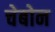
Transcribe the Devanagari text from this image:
चेबोन